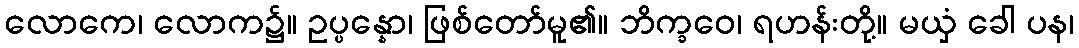
လောကေ၊ လောက၌။ ဥပ္ပန္နော၊ ဖြစ်တော်မူ၏။ ဘိက္ခဝေ၊ ရဟန်းတို့။ မယှံ ခေါ ပန၊